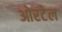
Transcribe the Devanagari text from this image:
ओरटेल